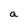
Character: a